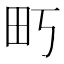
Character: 𰢶